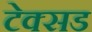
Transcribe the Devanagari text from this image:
टेक्सड